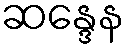
ဆန္ဒေန